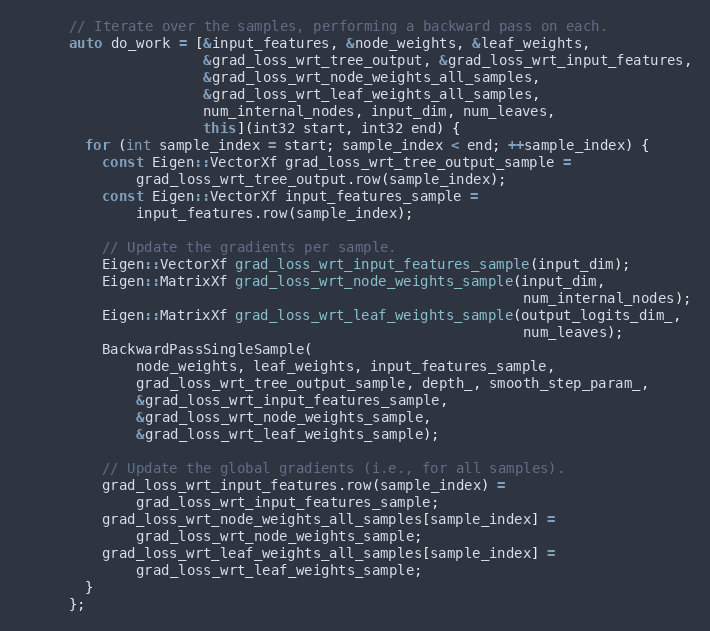
Language: C++
      // Iterate over the samples, performing a backward pass on each.
      auto do_work = [&input_features, &node_weights, &leaf_weights,
                      &grad_loss_wrt_tree_output, &grad_loss_wrt_input_features,
                      &grad_loss_wrt_node_weights_all_samples,
                      &grad_loss_wrt_leaf_weights_all_samples,
                      num_internal_nodes, input_dim, num_leaves,
                      this](int32 start, int32 end) {
        for (int sample_index = start; sample_index < end; ++sample_index) {
          const Eigen::VectorXf grad_loss_wrt_tree_output_sample =
              grad_loss_wrt_tree_output.row(sample_index);
          const Eigen::VectorXf input_features_sample =
              input_features.row(sample_index);

          // Update the gradients per sample.
          Eigen::VectorXf grad_loss_wrt_input_features_sample(input_dim);
          Eigen::MatrixXf grad_loss_wrt_node_weights_sample(input_dim,
                                                            num_internal_nodes);
          Eigen::MatrixXf grad_loss_wrt_leaf_weights_sample(output_logits_dim_,
                                                            num_leaves);
          BackwardPassSingleSample(
              node_weights, leaf_weights, input_features_sample,
              grad_loss_wrt_tree_output_sample, depth_, smooth_step_param_,
              &grad_loss_wrt_input_features_sample,
              &grad_loss_wrt_node_weights_sample,
              &grad_loss_wrt_leaf_weights_sample);

          // Update the global gradients (i.e., for all samples).
          grad_loss_wrt_input_features.row(sample_index) =
              grad_loss_wrt_input_features_sample;
          grad_loss_wrt_node_weights_all_samples[sample_index] =
              grad_loss_wrt_node_weights_sample;
          grad_loss_wrt_leaf_weights_all_samples[sample_index] =
              grad_loss_wrt_leaf_weights_sample;
        }
      };